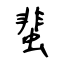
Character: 蜚